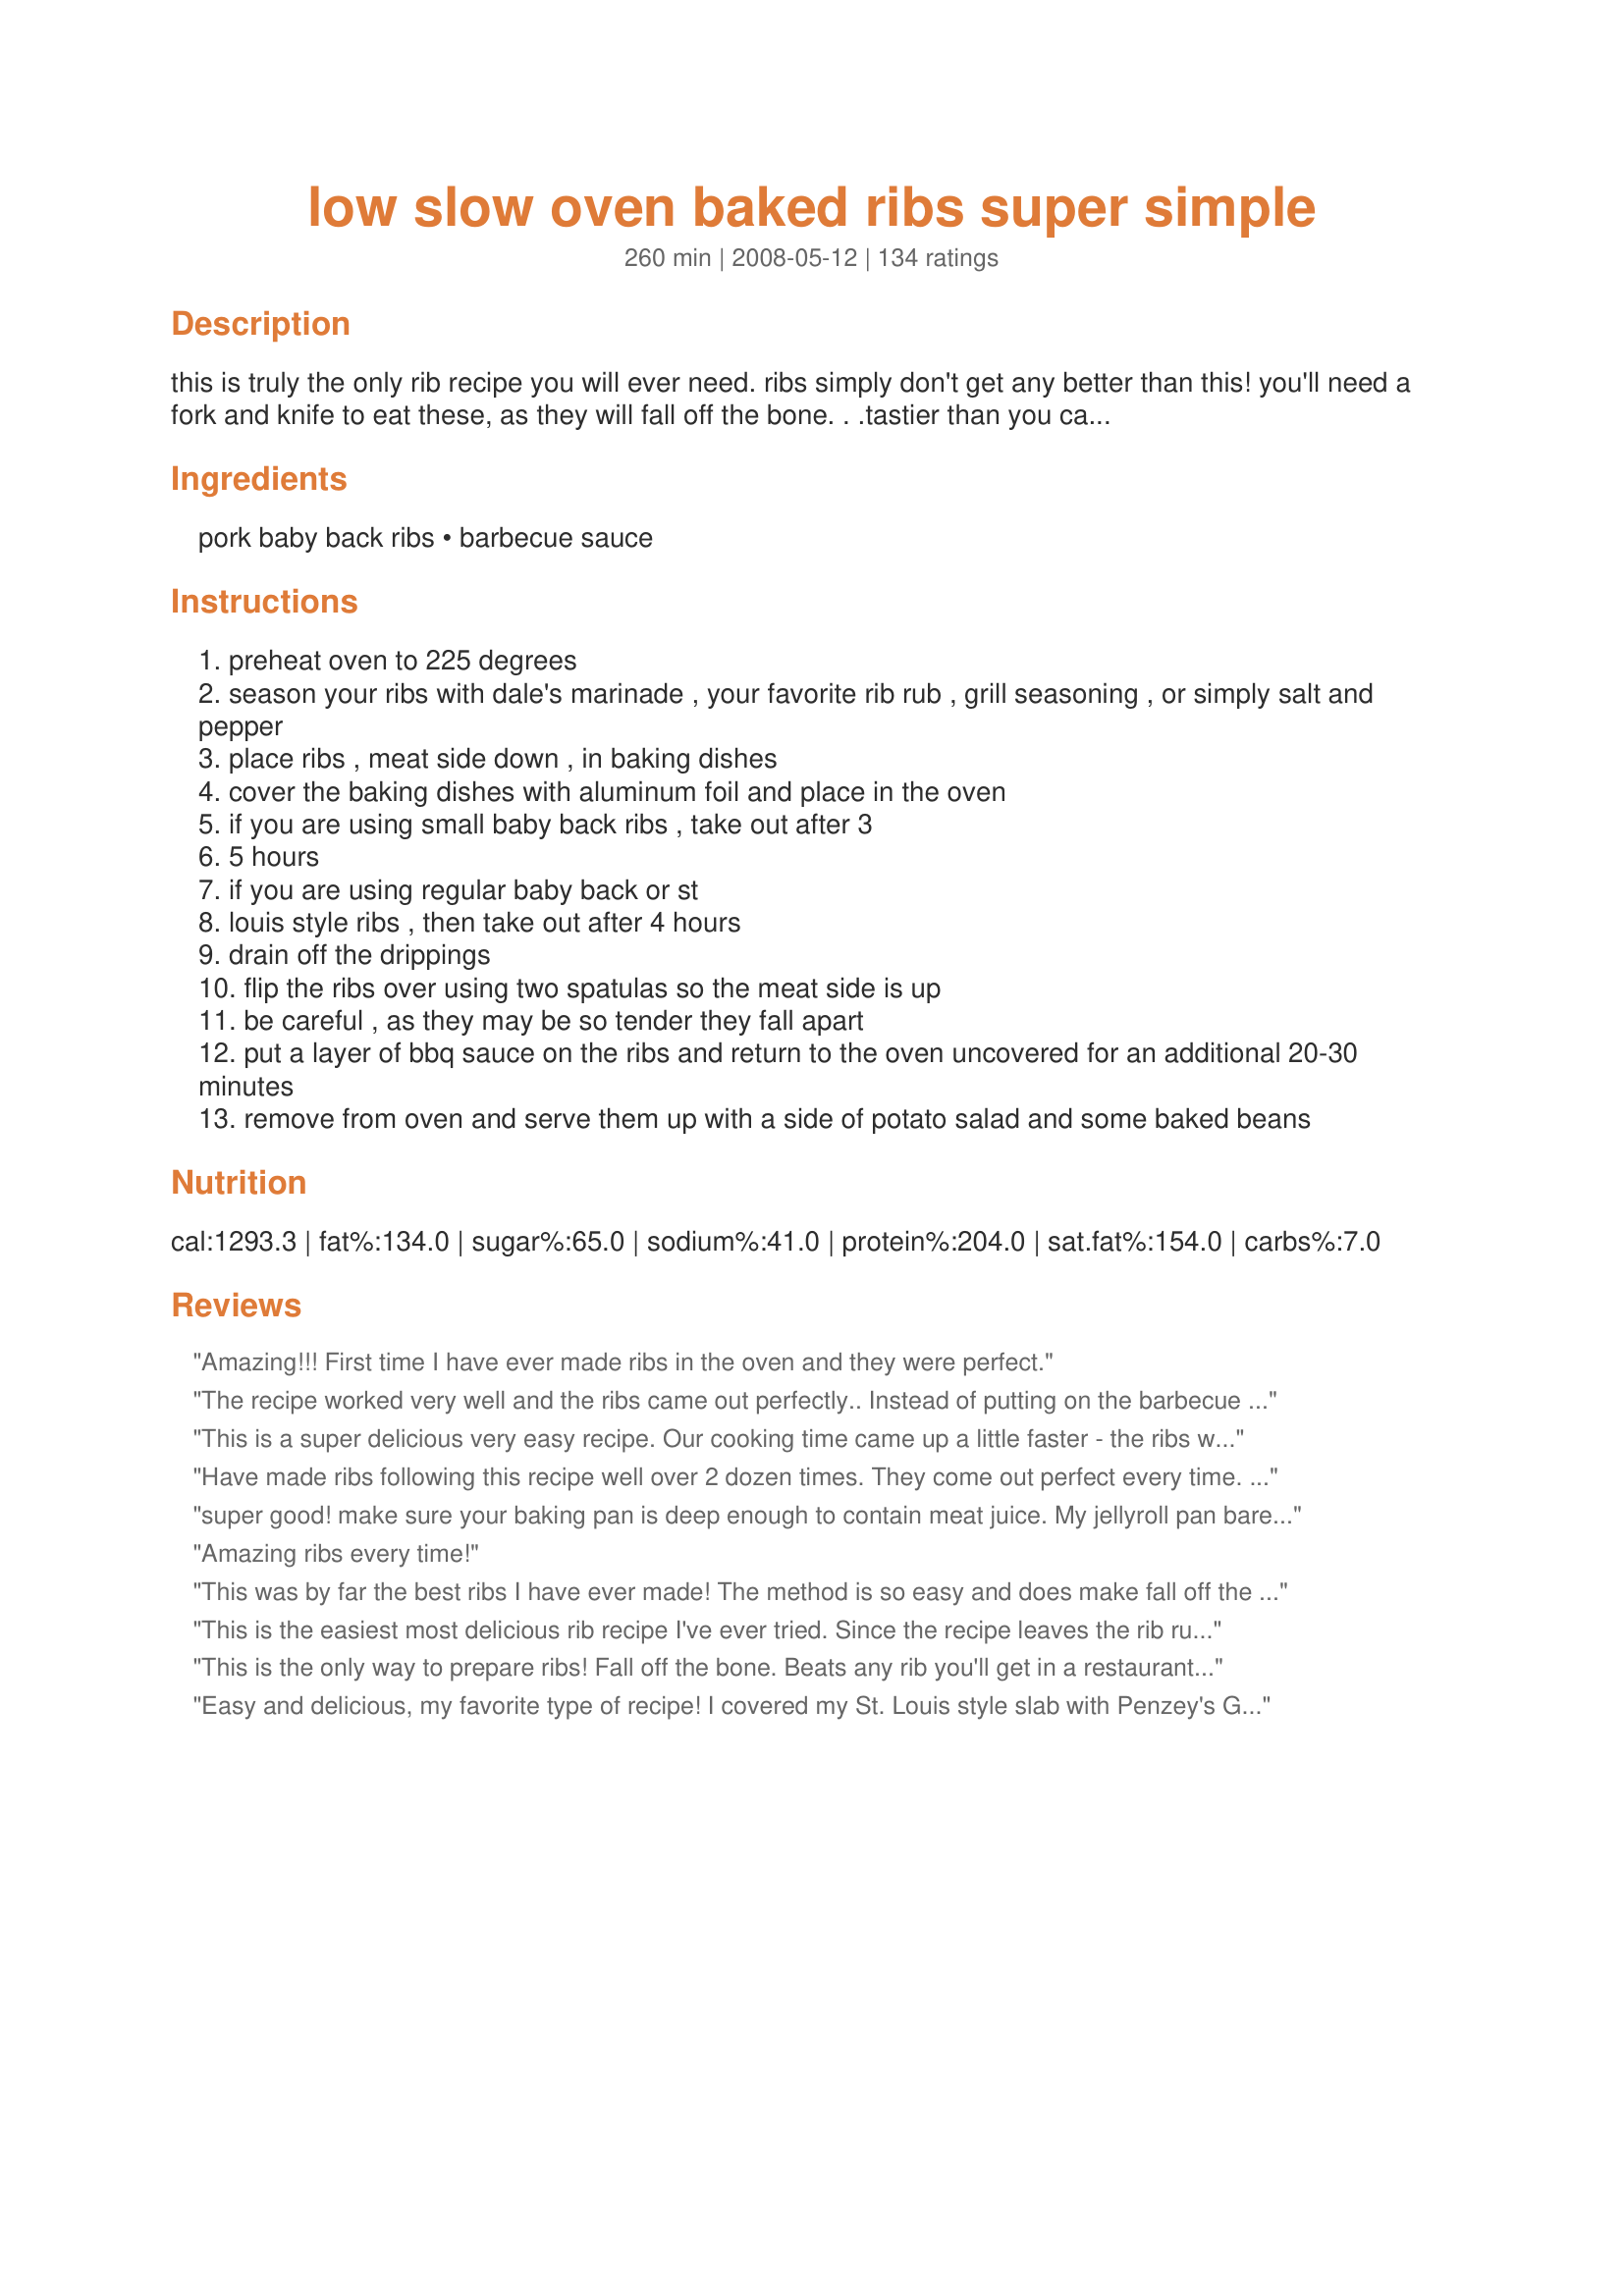
low slow oven baked ribs super simple
Preparation time: 260 minutes

this is truly the only rib recipe you will ever need. ribs simply don't get any better than this! you'll need a fork and knife to eat these, as they will fall off the bone. . .tastier than you can imagine. and they couldn't be easier, just throw them in the oven and you are good to go. . .just make sure you have some of your favorite bbq sauce on hand!

Ingredients:
pork baby back ribs, barbecue sauce

Steps:
preheat oven to 225 degrees
season your ribs with dale's marinade , your favorite rib rub , grill seasoning , or simply salt and pepper
place ribs , meat side down , in baking dishes
cover the baking dishes with aluminum foil and place in the oven
if you are using small baby back ribs , take out after 3
5 hours
if you are using regular baby back or st
louis style ribs , then take out after 4 hours
drain off the drippings
flip the ribs over using two spatulas so the meat side is up
be careful , as they may be so tender they fall apart
put a layer of bbq sauce on the ribs and return to the oven uncovered for an additional 20-30 minutes
remove from oven and serve them up with a side of potato salad and some baked beans

Reviews:
Amazing!!! First time I have ever made ribs in the oven and they were perfect.
The recipe worked very well and the ribs came out perfectly.. Instead of putting on the barbecue sauce and returning to the oven I finished it on my gas grill to get some crisp. I have baked the ribs like this many times but I wrapped two ribs separately in aluminum foil for the whole rack. This way was much easier.
This is a super delicious very easy recipe. Our cooking time came up a little faster - the ribs were ready in about 3 hours at 250. We put a dry rub on as recommended and then added a homemade bbq sauce to finish for another 30 mins. Man oh man were these ever delicious and I&#039;d make them again in a minute. Better than what you get at many restaurants.
Have made ribs following this recipe well over 2 dozen times. They come out perfect every time.

I use grill mates rub, either the packets or the containers, doesnt matter which. Clean off the membrane on the underside.

Its the thin filmy stuff covering the bones. Just poke some up with a sharp knife, get your fingers in there, and once it starts seperating it should come off in 1 or 2 pieces. Then apply the rub.

I honestly cant see how even a horrible cook could get this recipe wrong. If you&#039;re having trouble, you either set the timer wrong, or your oven needs to be fixed!

Regardless, fix whatever YOU&#039;RE doing wrong, cause this recipe is worth it!
super good! make sure your baking pan is deep enough to contain meat juice. My jellyroll pan barely made it!
Amazing ribs every time!
This was by far the best ribs I have ever made! The method is so easy and does make fall off the bone ribs. I had 7 lbs of ribs that I cut into 8 pieces and baked in 2 pans. I rubbed the ribs with Montreal Steak Spice and chopped 4 onions which I scattered over the top. Baked at 250 degrees for 4 hours, basted with Sweet Baby Rays and put back in the oven which I turned off while I was finishing the potatoes and vegetables. Thanks for a great recipe!
This is the easiest most delicious rib recipe I've ever tried. Since the recipe leaves the rib rub and sauce open to your favorite, you can't go wrong there either. I used Penzey's BBQ3000 for a rub, and made a homemade sauce of ketchup, cider vinegar, brown sugar and a dash of liquid smoke for the sauce. That last 30 minutes back in the oven after covering the ribs in sauce are torture to wait for but well worth it!
This is the only way to prepare ribs! Fall off the bone. Beats any rib you'll get in a restaurant. I usually pour root beer in the bottom of the pan and set my ribs on a rack above it and wrap tightly with foil. DELICIOUS!!
Easy and delicious, my favorite type of recipe! I covered my St. Louis style slab with Penzey's Galena Street (dry rub), wrapped them in Heavy Duty foil and placed on a baking sheet.(less cleanup) Baked at 225 for 4 1/2 hours but instead of the BBQ sauce finish, I opted to just peel back the foil after completing the "flip and drain" steps. Put them back in the oven for the last 20 (sans sauce) and they were PERFECT! Tender, moist and loved by even my pickiest eater! Thanks for our new "GoTo Winner Winner Rib Dinner" recipe! :)
I actually got up from the table right before I got thru eating, to come write this review. Thank you so much for this recipe. These are the best ribs, in the oven, I have ever cooked! I can't wait to fix them again :)
My ribs, per this recipe, were superb! Made them for the first time a few weeks back and making them again tonight for hubby's birthday. Finger licking good...And recipe is basically slide in the oven and forget abt it, so EASY, fab results! {I posted a pic today from the last time I cooked them (it's waiting for approval).}
Everybody tells me the best ribs they ever had an most tender,I add liquid smoke an they swear they came from smoker not the oven
These are cooking as I type. What an awesome way to slow bake ribs. I found a wonderful rub that is new by Grill Mates called "Cowboy Rub." <br/>I'm using it on these ribs. It smells fantastic. I recommend this rub if you like your ribs to have a bite. Thanks for this recepie. I've been looking for a nice way to bake them nice and slow.
The recipe only says
I didn't have 4 1/2 hrs so I took one reader's suggestion and increased the temp to 300 deg F. It took 3 1/2 hrs to get them fork tender. Since the baking sheet had about 1/4" liquid on it, I put a layer of foil on a clean baking sheet and flipped each rack onto it with the help of my son holding the clean baking sheet. I slathered on over a cup of Moe Pritchett's BBQ sauce and baked for 15 min. Then slathered on another cup or so of BBQ sauce and baked for another 15 min. The second layer sticks better than the first.
I'm a vegeterian, but I cook meat for my family (all omnivores). They LOVE this recipe! I served these ribs at a dinner party last week, and everyone asked for the recipe. That's a really successful party! I will serve these ribs as a great 'go-to' recipe again!
This is how I've prepared my ribs... low and slow... and they fall off the bone every time (even without removing the membrane - although I usually do remove the membrane before cooking). I've experimented with the low and slow oven method over the years. Sometimes I marinate the ribs first in a mixture of liquid smoke, vinegar (apple or white) before adding a dry rub mixture and then proceed with the low and slow method. As this recipe says, it's best to finish off the ribs top side up with either more of your favorite dry rub and/or sauce. I don't have a good outdoor smoker yet, but this recipe is a very reliable alternative and is so incredibly easy to master!
Great method! Can experiment with different BBQ sauces and rubs with this recipe.
I typically always made ribs on the grill, but when indoors was shown how to make them at 350 degrees for one hour on a rack meat-side up, but knew that slow cooking was the way to go. I used a smallish apartment oven for the 225 degrees for four hours, meat size down with foil as per the recipe, and was truly amazed that these ribs came out as good as almost any BBQ joint I've been to in the US. And from a small apartment oven. <br/><br/>My one suggestion is to place the ribs on a rack, still meat-side down, after lining the pan with foil (easier cleanup) as the thought of having the ribs bubble in their own fat for so long seemed excessive. The ribs still came out super moist, fall-of-the-bone and pretty much perfect as advertised. Thanks for the great, amazingly easy recipe.
This was awesome!!! It just fell of the bone so we did pulled pork with some &amp; some we left as ribs. I would definitely recommend this.
Super easy to follow, great results! Have saved this to my recipe box!
Oh my goodness! I had never made St Louis rack ribs mostly because it seemed intimidating and we use a gas grill. Now I sit here full bellied with some of the best and tender ribs ever! The recipe was so easy. Did as it said and used sweet baby rays sweet and spicy sauce. I have a very happy hubby right now! Look forward to making these over the winter. So easy being in the oven!
I dont usually use a recipe, I just roast.the ribs with foil on for an hour at 350 degrees, take the foil off, drain, and brush on sauce, until I think they're done. I wanted to try the low and slow. I used baby backs and a large cast iron skillet. After 3 hours at 225 degrees, they were mushy and bones were floating in the grease collected in the pan. I may try low and slow again but I will check the ribs after an hour and a half and judge accordingly. So... be careful with cooking time if you decide to give it a go. I'm going back to my old method.
I also did mine at 250 for about 4 hours. Very nice and easy. I used Emeril's Southwest essence as my rub and let that sit on the ribs overnight. Just used a store bought bbq sauce that the family likes. Thanks!
So I cooked mine at 275 for 4 hours, and they were not tender at all! Very disappointed.
Great recipe. The platter was soon empty with everyone licking their fingers. I did use the recipe#316974. So very easy to prepare and just a great recipe with many repeats to come. AUS/NZSwap #27
Excellent ribs! We used Sweet Baby Ray's BB!Q sauce on ours.
Love this! I've used this recipe several times.
These were sooo good and sooo simple! I will definitely be adding this to my "regular dinner" menu!
Is it safe to cook ribs only to a temp of 225 degrees?
I was so excited to make these for my family that I went right out to buy the ribs. I followed the recipe exactly and was very disappointed. I had hoped for tender, fall off the bone ribs but got tough ribs instead. Won&#039;t be making these agai .
When I say this is the best recipe hands down! Lol I&#039;m only 21 years old I&#039;ve never made my own ribs before but when I say this was the major easiest straight forward recipe for a 1st timer.. The ribs were so tender, juicy and delicious before I even put the sauce on them! I did the 3.5 hours cooking time and i put store brought honey bbq sauce on them and it&#039;s nothing but delicious I will def keep this recipe in my files!!
Truly amazing - fall apart, melt in your mouth ribs!! I do a savory rub of sea salt, tri-pepper corns - ground , whole fennel, rubbed sage and thyme. Rub into the meat and roast as directed in this recipe. Just amazing! I make slow stewed apples on the stove top and it pairs magnificently with the meat. Mashed potatoes on the side.... A spectacular treat for very special occasions!
I made this yesterday and it wasn&#039;t as tender as we had hoped for. The only thing I did different was that I indiviually wrapped each rack of ribs in aluminum foil and placed them on a king size baking sheet. That&#039;s probably why the meat was a little dry. Next time I make this, I will definitely use a glass or ceramic baking dish rather than a baking sheet. It holds the moisture in much better when sealed. I&#039;m looking forward to trying this recipe again. Other than it being dry, the meat tasted so delicious! Thanks for sharing, JanuaryBride!
I'm making this recipe again tonight for a family dinner. I follow the recipe as written. Last time I made these ribs, my family raved about how delicious were, so everyone is excited to have them again. We buy the Costco St. Louis style ribs and they come out just perfect with this recipe. And I love that it's so simple with very little fuss. Thanks!!
I usually only eat ribs from the grill during the summer months but I caught a good sale on a slab of St. Louis ribs and couldn’t resist. I seasoned with Rib Rub and followed the directions to the T. Absolutely delicious. I couldn’t stop nibbling on them throughout the night!
Had been searching for a melt-in-your-mouth and fall-off-the-bone recipe for a long time. Finally I found it! I just used pepper and lawrys, however I will search for a more full-flavor rib-rub to use in the future. DH went nuts for these, and requested them again next week.<br/>A warning that they aren't the "prettiest" ribs ever, but with flavor like that, who cares what the look like!<br/>Thanks for my new go-to recipe :)
I followed this recipe, but used a rack of St. Louis style ribs that I purchased at Whole Foods. I rubbed both sides with olive oil and salt and pepper as the seasoning. I cut the rack in half and placed it in a foil lined dish, covered with non-stick foil, cooked for 3.5 hours, then added barbecue sauce, and cooked 30 minutes uncovered. The ribs were delicious and the meat fell off the bones. Today is May 17, 2018, and I am cooking baby back ribs at our lake camp.
All are good
This recipe is simple and yummy! I used Grillmates Smokehouse Maple to season them and Sweet Baby Rays bbq sauce!
The only way to cook baby back ribs!
This is a very basic rib recipe and needs a little tweaking. One thing that is a must for fall off the bone, tender ribs is wrapping them in saran wrap and THEN in aluminum um foil. The low temperature is perfect for using this trick. I promise they will come out perfect everytime. A few people have said that the ribs ended up dry and this will fix that problem!
I put 2 racks of baby backs in my oven after rubbing with my dry rub...at 225 just as instructed...its now been almost 5 1/2 hours and they are NOT fork tender...its almosr Superbowl time here in Philly and my ribs are NOT that good...Thanks alot!
These oven baked ribs were really delicious. Although they do fall off the bone, they are tender and moist and your fingers stay clean since you can use your fork : ) This recipe is so easy and I liked the idea that I could just leave them in the oven and they required very little attention until the end. Served these delicious ribs for my New Year&#039;s dinner along with my Southern blackeyed peas, cabbage, potato salad and cornbread.
Absolutely the ONLY way I make ribs now. They come out so tender and fall off the bone yummy! I always use the rib rub recipe (#316974) to go with this and they come out PERFECT every time! Thanks January Bride!!
I love this recipe! I have made this several times. I have received so many compliments on them. Thank-You for sharing!
I&#039;d never cooked ribs before and have always disliked the boil and then cook method. They just tasted horrible to me, I&#039;ve always like meaty, dryish pork back ribs (the surface dryish not the meat).&lt;br/&gt;&lt;br/&gt;Tried this method last night and they were absolutely perfect, Followed the recipe pretty closely with a few changes.&lt;br/&gt;&lt;br/&gt;1) Made a dry rub with cayenne, paprika, salt, black pepper, brown sugar, cumin, coriander, onion and garlic powder.&lt;br/&gt;&lt;br/&gt;2) 3 lbs back ribs had 2 tablespoons rub smeared on each side and placed in fridge covered for 2 hours&lt;br/&gt;&lt;br/&gt;3) Cooked exactly as this recipe states, but on a raised cooking rack in a foil covered pan, meat side up&lt;br/&gt;&lt;br/&gt;4) Top of the ribs were brushed with sauce and placed back in oven, uncovered, for 30 minutes, The last 8 minutes were under the broiler to sort of carmelize the surface.&lt;br/&gt;&lt;br/&gt;Thanks author for this recipe; I never would have tried cooking ribs if it were not for this. My future weight gain salutes you.
Well I can see why this person's cooking time is 4:20.<br/>I am at 7:20 and they are in no way "falling off the bone"<br/>I am thinking 8hrs at least for slow cooked in the oven at 225 degrees. Anyway this is more what I thought would happen. I am sure these are going to taste good it just isn't happening in 4 hours and 20 min.
Just tried this recipe with high hopes. I followed it to the T. The ribs turned out dry. And I was not a happy camper. So...I am going back to own recipe which are moist and fall off the bone.
I have been cooking baby back ribs with this method for over 20 years, except I just wrap them tightly in a double layer of aluminum foil. But, not being a big fan of BBQ sauce, I melt butter, crush in about 7 or 8 good sized garlic cloves, add some minced onion, marjoram, seasoned salt and pepper and a hefty squeeze of fresh lemon juice. Spread most of this mixture on the meaty side. Broil them meat side up for a few minutes to brown after they are cooked and they are always delicious (not sweet, Oh Ugh!).
Excellente' !!!!
Wow...making ribs now is a snap. Ribs came out moist and very tender! Hubby loved them.
I agree with everyone else's review...this recipe was sooooo simple and soooo delicious!!!!! I used a garlic/pepper rub, plus salt/pepper for the rub. The bbq sauce was Bulls Eye Original...the meat fell off the bone and was a big hit at dinner.
I love ribs cooked like this when I can't grill and have to use the oven! So easy to prepare and the smell of them cooking throughout the afternoon just makes you even more hungry!:) They're tender, falling off the bone if you're not careful when removing and oh so tasty! Thanks for posting!
this recipe gets 5 stars because it came together exactly as written. I had to order these ribs, as we dont have them in Australia, our pork ribs have no bone, and much more meat.
I ordered 2kg, about 5.5lb, and 2 of us ate most of them in one sitting. 
I think I would love this recipe using the aussie ribs, as I feel there was too much bone, and very little meat :)

That is not the fault of the recipe, which (as I said) came together very well.
oct 09 recipe swap
This recipe will never replace our love of ribs from the grill, but it was tasty enough for me to keep as a go -to for when the weather does not permit.
Holy cow... I've never had luck with ribs before this. They are absolute perfection.
Super simple is right! Had I known how easy it was to make ribs, I would have made them sooner. You really can&#039;t mess this recipe up. Serve with extra BBQ sauce!
So easy and so good. It was my first time making baby back ribs. The vacuum sealed packs at Costco have the membrane removed. I will definitely make these again.
So where exactly does the cast iron skillet come in?? That is kind of strange that it is called &quot;Cast iron skillet low and slow baked ribs&quot; and the instructions say to use a baking dish...
DELISH!! I literally JUST made these and devoured them 5 minutes ago... my fiancé said they were the best ribs he's ever had; he can't stop going on about how great they were and how well they went together with sunday football! Before baking, I generously seasoned both sides of the baby back rib rack with salt, pepper, garlic powder and onion powder and baked, covered, at 225º for 3.5 hrs. Then (in the interest of time) I finished them off with a store bought honey bbq sauce for 30 more minutes, uncovered. They weren't kidding when they said the meat would be falling off the bone!
The house smelled amazing and we couldn&#039;t wait to eat. I was not disappointed! Great recipe.
Excellent.Only change I did was to put them under broiler for a few minutes after they were done.Gave crispy sauce taste similar to grilling.Thanks for sharing.Can't wait to try it on baby back ribs.
I am very satisfied. My ribs are coming along perfect. I actually started cooking them at 275&deg; them turn them down to 225&deg; after a few hours. They are extremely tender which I love. Just added the bbq sauce. Gonna cook for another 45 minutes on 300&deg;. Just in time for dinner.
Have used it numerous times for several years now. Works well with beef ribs also.
I like this recipe for BBQ parties, great and consistent results every time.<br/><br/>First I marinate the ribs for a few hours with apple cider, liquid smoke, salt and spices. Then after the oven, I use a homemade BBQ sauce and put on my charcoal grill with hickory chips for that extra smoky, delicious flavor. Enjoy!
I've used this recipe a few times! My family absolutely loves it! It's sooooo easy! Working full time with kids and a husband, leaves me very little time for gourmet dinners. Every time I cook ribs using this recipe it's ALWAYS a hit!!!!
Low and Slow worked great. I added too much rub which made the ribs too spicy for my son. So be careful when doing the rub. A great recipe and the best ribs I ever made.
Perfect But I always take the skin off the back first.
I am going to try this and actually use a cast iron skillet. What's up with the title and goofy instructions.
My husband says these are better than restaurant style ribs! The only way it could get better.. grilling. But, who's got time for that in the midst of 35&deg; weather?! I added my own &quot;homemade&quot; dry rub of seasonings and massaged the meat, then fork poked it and added some Worcestershire sauce and hot sauce for extra flavor! Last 4-5 mins or so, I flipped on the broil and let the bbq sauce get all sticky and, &quot;chared&quot; some! Thank you so much for this easy going, fool proof method!
This was the easiest recipe I have ever used. Ribs were delicious.
This is 5 star fabulous!! I know everybody loves to be creative and go off on their own little adventures with any recipe, and this one does have its share of modifications. But just following this recipe exactly is as simple and delicious as it gets. Perfect every time. I have a good friend who is a prize-winning competitive grill master out of Kansas who would be hard-pressed to top this recipe. I have sampled his fare quite a bit, and any difference would only be for those who insist on dry ribs versus wet, and with smoke flavor. But for the 99.999% of the rest of us, these are brilliant and AT LEAST as good as any restaurant quality product. The only thing I do that is not detailed here is that I apply my dry rub the night before and tightly wrap/seal in plastic wrap. That is not required, but does add a good deal more of the &quot;awesome&quot;.
I used this method to cook some ribs and they were definitely fall off the bone. I wrapped the rack of ribs in foil, put it in the pan and covered the pan with foil. The cleanup afterwards was very simple and minimal. Thr only complaint that I have was the taste of the ribs, the ones I got at the store were already seasoned with pappy&#039;s. The seasoning overpowered the bbq sauce and not in a good way. Anyways the cooking method worked great, planning on making ribs again without pappys.
Thank you so much for posting this. I came home for lunch and put my ribs in the oven and by the time I came home for the day it was ready. It was falling off the bone. It is a definite add to my family menu. My boys were begging for more.
Totally Yummy falll off the bone moist ribs. . I enjoy a smoky flavor on my ribs so I cooked them in an oven smoker bag. They came out perfect!
I just made these for dinner tonight. They turned out falling off the bone perfect. I sometimes make ribs in the crock pot...then transfer them to the oven...but ....I will use this oven method from now on. Since I had the day off...I put them in at 200 degrees and just let them go all day long. (about 6.5 hrs). mmm.mmmm..good
After 4 hours, checked on the bone-dry ribs, returned them to the oven for another 45 minutes, then turned them over, basted and returned, uncovered, to the oven. After all that, I had still bone-dry ribs. I’m glad I tried this recipe on my own first. Won’t be doing that again. No stars.
I had my doubts at first but I had to try it as I don't have a big enough smoker for 6 racks of ribs. They truly turned out amazingly! No one even wanted anything but more ribs! Yuu-uum!
This was my first time cooking ribs and I wanted a good, simple recipe. This recipe was beyond my expectations! Followed it to the letter (except used regular spare ribs) and they came out perfectly! Definitely need a fork for this one - the meat MELTS off the bones! Thanks so much - will definitely refer back to this recipe often!
This was an easy way to cook the ribs. I did cook mine at 250 degrees for about 4-5 hours. Thanks for posting.
Had 2 back ribs that totaled about 5.5 pounds. Rubbed it with some Weber classic barbeque rub. Brushed on some hickory liquid smoke. Wrapped with hd aluminum foil and baked for 4 hours at 225F. pulled them out and kicked the oven temp up to 350F. Brushed bone side with Masterpiece Original and put them back in for 10-15 minutes. Pulled them out, flipped them meat up and brushed with bbq sauce and returned to oven for another 15-20 minutes. Can pull them apart with my fingers. Not fall off the bone but almost. Just the way I like my ribs! If it wasn't so nasty outside, I would have dragged the Weber kettle out and finished them on some charcoal! Excellent recipe!!!!!
These are the BEST ribs I&#039;ve ever made. I cooked them meat-side down on 225 for about 3 1/2 hours and then drained them, turned them right-side up and covered them with the sauce, then cooked them for another 20 minutes. They literally fell off the bones! I made certain they were completely covered with foil the entire time. My family couldn&#039;t stop eating them! This is by far the best recipe I&#039;ve tried for ribs!
This recipe was easy and delicious. I just followed the instructions. These were the best oven baked ribs I have ever made...lots of compliments.
I made this last night with pork loin ribs. My husband said these were the best homemade ribs he has ever had. Thank you so much for this recipe!
Do the oven portion the night before a cottage visit and pack'em up! Start up the BBQ and warm'em up with the sauce on the next day! This recipe is to die for and I have tried lots.
I always make ribs on the BBQ, and they turn out ok. Always a little tough. It's a rainy and cold day. So I thought about making some thing yummy and warm. Ribs came to mind and I came across this recipe. So glad I did. I used Grill Mates, pork ribs rub. And just rubbed them up and placed them in a 250 degree oven, middle rack. And cooked them. At about the 3 hour mark I flipped them cooked some more then rubbed with bbq sauce I used chris & PItts bbq sauce. Use what you like. They came out so good. This is now a staple in are house and a great treat to take over to someone's house for a dinner or superbowl party... Really anything. Great job. :) Feeling more like a cook everyday. Oh and it's so nice to have your hubby give you praises specialy in front of a crow. ;)
These are simply the best. So fall apart tender and flavorful. I used a meat thermometer and found that the ribs reached 170F in about 90 minutes. That&#039;s when I uncovered them and started basting with BBQ sauce every 15 min for 45 min.
Can&#039;t be told from being done on outdoor BBQ. I now have a new favorite rib recipe! Thanks!
We use Country Sweet Sauce. A local favorite. Sweet Baby Rays is a nice second choice. Or make some ribs with both!
Easy, tender and delicious!
I cook professionally, these are the most tender ribs my fianc&eacute; and I have had *ever*. Until I get a smoker this will be the *only* way I make ribs!
When they say low and slow, lemme tell you, THEY MEAN IT. Lots of calories in these babies, but the amount of protein easily makes up for it. Sodium is off the walls; makes you retain water like crazy. But seriously, you don&#039;t have to eat for a while after this. Unless you&#039;re hardcore like me and my buddy Rob Swanson. Five minutes later, I&#039;m back in the kitchen, looking for more bacon. Anyway, I&#039;d would TOTALLY recommend another sauce rather than just plain barbecue. That stuff is boring. Get yourself some Jack Daniels sauce. Tastes like pure unicorn tears.
Absolutely awesome ribs. I followed the instructions exactly as written and everybody was all thumbs up. I'll definately use this recipe to make oven-baked ribs from now on. I don't see how they could be beat!
This was an excellent recipe but I wish I had used pork ribs rather than beef ribs.
Truly a simple and great recipe, I've cooked this twice now for my soldiers. The ribs have turned out just as good as "fire side" ribs with less of a hassle, the second time I finished them off over an open fire and they were absolutely perfect.
With my wife away visiting my eldest daughter, and me at home managing three teen sons, I was searching for an easy, tasty recipe other then my staples of spaghetti, tacos, pizza, and Italian beefs. My wife has fixed ribs before, but usually used the boil and grill method. Seeing this one explained so clearly, and seemingly so easy, I thought I'd try it. I had two slabs of ribs and baked them at 225 for five hours (I had to run up and pick up something so they were in an hour over what it said). Even after 5 hours, the ribs were juicy, tender, and falling apart. I think having it covered gives it a lot of leeway in the cooking department, along with the low temp. Adding the sauce and baking it on uncovered for 25 minutes gave me ribs that I can honestly compare with restaurant quality (unless you want grilled of course). We make our own BBQ sauce as we like it spicy, so all I can say is EASY, FOOLPROOF, and DELICIOUS!!
Moist & easy. My family loved it, and this is coming from Austin, TX with some of the best BBQ.
Works like a charm! There are a few negative reviews from people but I have no idea what recipe they were following. My baby back ribs turn out juicy and tender every time.

I would just recommend that you use less salt in your rub than you do when you cook ribs on the grill. Because these ribs are slow cooked, the salt (and any other seasonings) really seep into the meat. So, be careful with the salt.

Also, I usually add to the depth of flavor by adding a little bourbon or whiskey to the bottom of the pan before I cover it with foil and start the baking process. Then I cook as directed. Mmm, mmm finger licking good!
I've been using this style recipe for years. Double layer of foil, all kinds of boned or boneless ribs, generous amount of favorite sauce and wrap it all snugly. Cook at 250 for three to four hours. Open foil and find juicy, flavorful, super tender ribs. I do not broil, but that is just a bit of laziness on my part and a personal choice. it is the enclosed in foil with sauce and long, low temp that will give you the juicy, tender meat. Anything else is your choice. I remember the days of boiling ribs first, etc., but cannot imagine making things that complicated when this oh, so simple method gives you such ideal results every time.
Thanks for the recipe. I will definitely try this and get ready for my next clutatrad home made cuisine session.
Best recipe ever! You can&#039;t do this recipe wrong. I never make ribs because the cooking channel stars always make it this long complicated process. I don&#039;t even know how long I cooked mine for since I went shopping while they cooked. I never even flipped them over until I got home and put the bbq sauce on. I did put 2 layers of bbq sauce on just because I had time while I waited for my family to get home from hockey etc. I just sprinkled the ribs with salt, pepper. onion powder and garlic powder at the beginning and used my favorite jar bbq sauce. I&#039;m very happy i found this recipe.
I made these today for Memorial Day. We wanted ribs but didn't have hours to make them. This recipe turned out AMAZING!! Thank you Belinda E for your delicious looking picture :) . I had St Louis ribs that were very meaty so I cooked them a little longer covered before uncovering them. I made a dry rub, covered them in aluminum foil, baked them at 225 degrees for 4 1/2 hours took them out uncovered them turned them meat side up, added bbq sauce all over them and baked them uncovered for another 40 minutes. They were beautiful to look at and absolutely delicious!
I use this recipe everytime I make ribs this is the best recipe EVER
Easily the best rib recipe ever! It is my go to rib recipe from now on. Thank you.
WOWZERS!! This was great---easy and very delicious.
I bought some St. Louis ribs yesterday at Costco with my mom I took a slab and she took a slab home. I was searching for a great oven receipe for ribs and came across this one. I read all the reviews and decided to give it a try. I did do what one review said and double wrap them in foil. I placed them in the oven and went about my Sunday morning duties I needed to run to the store to get something for the rest of dinner. When I came back I was it was time for me to flip my ribs I knew when I opened the foil I knew they were going to be perfect. After the 30 minute flip it was time. This is by far the best receipe
This recipe is is scrumptious. Simple to follow. My husband was very pleased.Made my kitchen smell soooo..... yummy:)
This is such an easy recipe and the best ribs I&#039;ve ever made. All the adults and teenagers loved it,
Slow cooking is the way to go!
As a &quot;late bloomer&quot;, I was never interested in really cooking - besides boxed, canned or frozen - until this past year or so. This past Memorial Day, I decided to try ribs, but I don&#039;t have a grill. I found this recipe, and when I tell you I was bragging to anyone who&#039;d listen about how good my ribs were! I did it again for the 4th, and invited my nephew over and he said they were really good! Also, I took the advice of another reviewer &amp; I cook mine on 300. Thanks so much! Now I want to start cooking all kinds of stuff!
After applying the barbeque sauce, instead of cooking for an additional 20-30 minutes, I like to put them on the top rack of the oven and broil for 5 minutes, or until the barbeque sauce caramelizes. Then I garnish with thinly sliced green onion. Whoa!
My St Louis style ribs with a dry rub were excellent with this cooking method. Highly recommend.
cooked this with salt & pepper and Sonnys Sweet Bar-B-Q Sauce. 12 frinds & family loved them and finish off 3 racks of ribs, and wanted the recipe! thank you.
Ok.....YUM! These ribs were fantastic! My family loves country ribs so that is what I used. I didn't have Dales, so I used Grill Mates BBQ rub. I rubbbed the seasoning in on all sides then put them in the dish meatiest side down. 
cooked them at 300 degrees for about 3 hours. Next I took them out and put Melvin's BBQ sauce on them. To finish them off I threw them on the grill for a few minutes. They were wonderful!! My husband and all four kids devoured them!!!! Thank you for the great recipe!
I have used this method for years and it works every time. Personally, I place the ribs on a wire rack in the baking dish, add water to the bottom of the pan (about 1-1&frac12; inches) and cover tightly with foil throughout the entire baking process. Then, when the ribs are done, I smoke them on a charcoal grill for about 15-20 minutes for flavor!!
I cook every night for me and my partner, but while we both love ribs it was the one dish I always faltered with. This recipe saved by butt!! Put on a regular rub beforehand (Smoked paprika, onion powder, garlic powder, pepper, and salt). While it was cooking, I fiddled with making my own sauce, and it turned out wonderfully!! Soy sauce, brown sugar, ginger, sesame oil, grated garlic, and just a touch of liquid smoke. Sounds weird, I know, but it turned out as basically sesame chicken...Only with fall off the bone ribs!! Excellent recipe, and my new household staple.
These ribs were ahh-mazing!! I used one rack of ribs and followed the recipe but wrapped the ribs tightly in foil. After cooking for four hours, I drained the juices off, covered the bone side with BBQ sauce, flipped them over and covered the meat side in BBQ sauce. I then broiled them meat side up until the BBQ sauce was bubbly and caramelized. Fall of the bone meat was tender and delicious!
I only used this recipe really to figure out the temperature and length of time to cook. I have made these once before and they were amaaaaaazing. I just used Grillmates rub, wrapped each rack up in foil then baked them low and slow. I didn't add the bbq sauce, my husband isn't too much of a sauce fan but they turned out tender, juicy and flavorful. He said they were the best ribs he's had (but he says that about all my cooking lol my brother's are better!). I am making them again tonight. Looking forward to some deliciousness!
I am using oven bags for Roasts with my ribs. Get all the extra air out. The crock pot bags awesome as well.
Thanks ever so much for your recipe. I&#039;ve got a crapload of elk ribs in the freezer, and didn&#039;t want to put them on the grill, for fear they&#039;d be too dried out to be palatable. Didn&#039;t really want them in the crockpot either, the meat falls off the bone too easily and makes them way too messy to eat.
I'm not a major rib fan, too messy to eat out, too much trouble to make at home, sometimes tough. Your recipe sure changed my mind. I will definately be making again, and again! Thanks for making our 4th special!
Love this recipe... best way to cook ribs!
I have been making my ribs this way for 20 years, they will always be perfect! You can turn the oven up to 300 degrees and bake for 3 hours with the same results. The best (fall off the bone) ribs!
This is a great way to cook ribs , they are fall off the bone deliciousdelicious every time. I have taken them out after the 3 1/2 hours and finished them on the grill until the BBQ sauce starts to glaze over.
WOW! I was not convinced that such a simple recipe could be so good. Tender and flavorful. We used a little salt, pepper, garlic powder, onion powder and seasoning salt as a rub. My husband loved them even without the sauce. We will definitely use this one again.
Delicious! Super easy &amp; extra delicious. I&#039;ve made them several times for my family. The only thing I changed is I broiled them at the end to really bake in the sauce. YUMMY
These were tough and nowhere near, &quot;fall off the bone&quot;. I had to cook them for an additional 2 hrs at 200 to get them tender.
This is a great method for cooking ribs. I did it tonight and my ribs turned out perfect. However, I used a small 1/2 slab of babyback ribs and the timing should still be about that of the large 1/2 slab. So, instead of 3:30, cook for 4 hours before resaucing. Otherwise, great method! I will use this method again! Thank You!! :)
Made my own rub with brown sugar, celery salt, garlic powder, onion powder, kosher salt, fresh ground black pepper, paprika, and chili powder. Followed cooking instructions, and finished with Sweet Baby Ray&#039;s Sauce!!! Marinated for 2 days ahead with the rub!! So fabulous!!!!!!!! :-)
Love ribs and can't get enough of them! My husband swears that a rib should be smoked but I swear these are just as good without all the fuss. No standing out in the cold grilling for me. The oven is the way to go!!!!
I have never had ribs this tender! I did not change a thing. This would be great to impress with dinner guests! Thank you!
I used my rub from Amazingribs.com, cooked Spares, not babies, 4.5 hrs. @235. Excellent! applied my own St.Louis Style sauce for 45 minutes, basting once. I would suggest after 4 hours, put under broiler at least 5 minutes on meaty side to give it a little "bark", or crust. I'm in Minnesota and can't use my Wber Grill for smokin' low and slow 'till spring, but this relieves cabin fever!
I&#039;m reading reviews of people who said they didn&#039;t turn out...you must have done something wrong.
Make sure to remove the silver skin on the back side of the ribs.
I lay parchment paper on a large baking sheet, and place seasoned ribs on it, and tightly seal the top with tin foil. Follow cooking times and finish on the grill to get some nice smoky flavour and caramelize the sauce. Mmmmmm yummy. I should post my moms scalloped potato recipe to go with this...
